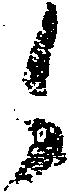
之